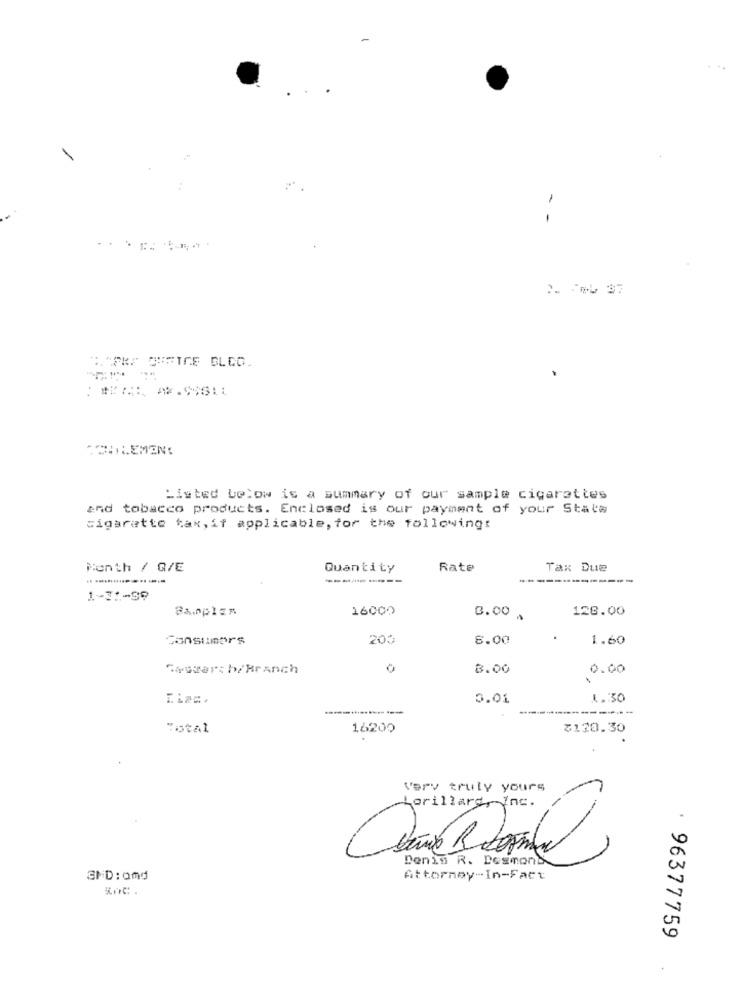
-
-
.CHILEMEN!
Listed below is a summary of our sample cigarettes
and tobacco products. Enclosed is our payment of your Stata
cigarette tax, if applicable, for the following:
Month / Q/E
Quantity
Rate
Tax Due
---------
-------------
1-31-99
Samples
16000
128.00
3.00 .
Consumers
200
8.00
1.60
Sossarch/ Branch
0
8.00
0.00
5.01
1 .: 30
Total
16200
$120.30
Very truly yours
m
Lorillard, Inc.
Denis R. Desmond
GMD: and
Attorney-In-Fact
inC.
. 96377759